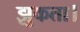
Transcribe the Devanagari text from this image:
झुकता।